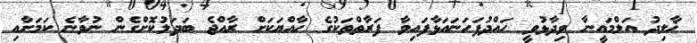
ޚާލިދު އަލްމައީނާ ވިދާޅުވީ ހައްދުފަހަނައަޅާފައިވާ ފަރާތްތަކުގެ ހާއްޔަކަށް ރާއްޖެ ބަދަލުކޮށްގެން ނުވާނެ ކަމަށާއި